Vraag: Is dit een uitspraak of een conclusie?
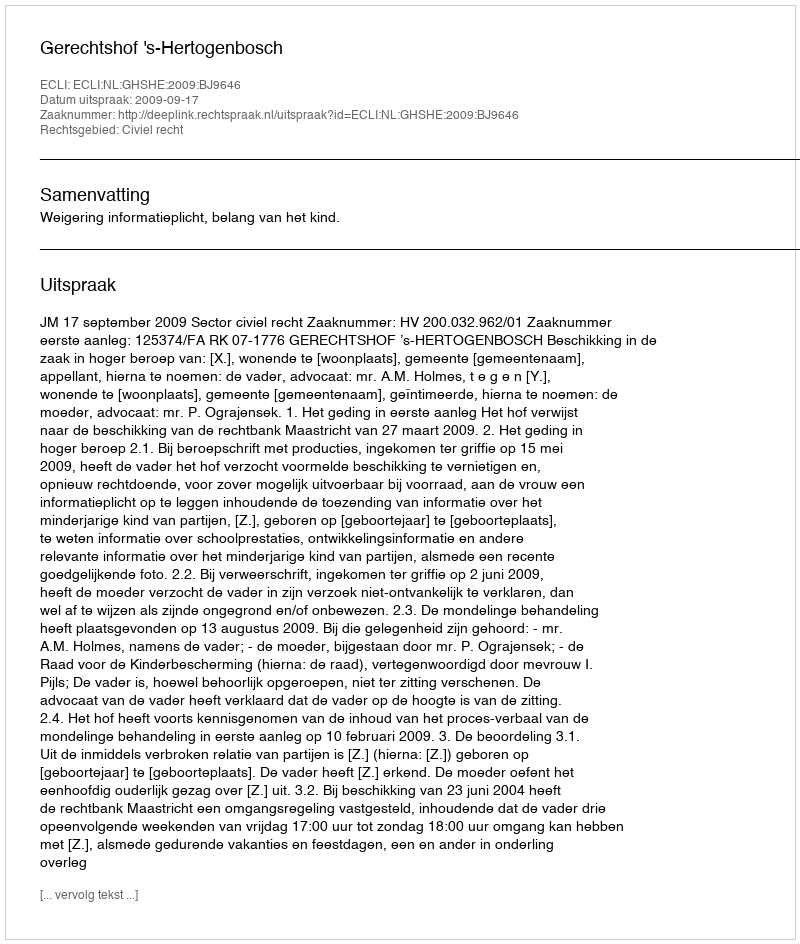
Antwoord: Uitspraak